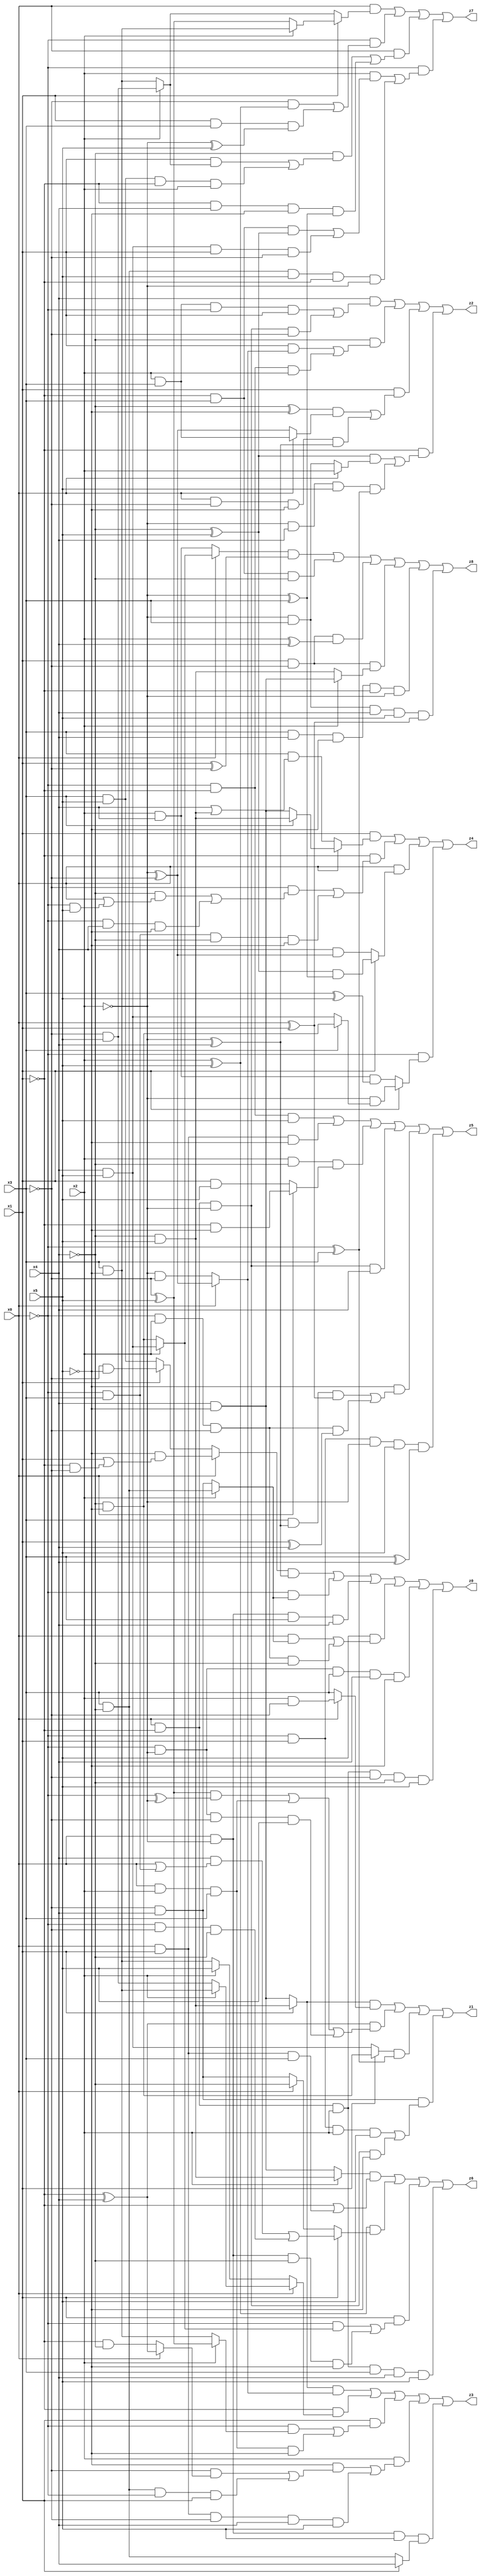
// Benchmark "X_5" written by ABC on Mon Jun 05 22:59:18 2023

module X_5 ( 
    x0, x1, x2, x3, x4, x5,
    z0, z1, z2, z3, z4, z5, z6, z7, z8  );
  input  x0, x1, x2, x3, x4, x5;
  output z0, z1, z2, z3, z4, z5, z6, z7, z8;
  assign z0 = ((x0 ? (~x5 & (x1 | (~x1 & ~x3))) : (x1 ? (~x3 & ~x5) : (x3 & x5))) & (~x2 ^ x4)) | (~x0 & (x2 ? (x3 & ~x4) : (~x3 & x4))) | (x0 & ~x2 & x3 & x4) | (x5 & ((x0 & (x2 ? (x3 & ~x4) : (~x3 & x4))) | (~x0 & x2 & ~x3 & ~x4))) | (~x0 & ~x2 & x3 & x4 & ~x5) | (x0 & ~x1 & x2 & ~x3 & ~x4 & x5);
  assign z1 = ((x1 ? (~x4 & x5) : (x4 & ~x5)) & (x0 ? (x2 & ~x3) : x3)) | ((~x1 ^ x4) & (((~x3 ^ x5) & (~x0 ^ ~x2)) | (x0 & x2 & x3) | (~x0 & ~x2 & ~x3 & x5))) | ((x1 ? (~x4 & ~x5) : (x4 & x5)) & (~x0 ^ x3)) | (~x3 & x4 & ((~x0 & x1 & x2 & x5) | (x0 & ~x1 & ~x2 & ~x5)));
  assign z2 = (x4 & ((x2 & x3 & ~x0 & x1) | (x0 & ~x1 & ~x2 & ~x3))) | (~x4 & ((x1 & (x0 ? (~x2 ^ ~x3) : (~x2 & ~x3))) | (~x0 & ~x1 & x2))) | (x1 & (((~x4 ^ ~x5) & (x0 ? (x2 & x3) : (~x2 ^ ~x3))) | (x0 & ~x3 & ~x5 & (~x2 ^ x4)))) | (~x1 & (((~x4 ^ x5) & (x0 ? x2 : (~x2 & x3))) | (~x2 & x4 & x5 & (~x0 ^ x3))));
  assign z3 = ((x1 ? (~x4 & x5) : (x4 & ~x5)) & (x0 ? (~x2 ^ ~x3) : (~x2 & ~x3))) | (~x1 & (x0 ? (x2 ? (x3 & ~x5) : (~x3 & x5)) : (x2 ? x5 : (x3 & ~x5)))) | (x1 & ((~x0 & (x2 ? (~x3 ^ x5) : (x3 & ~x5))) | (x0 & x2 & x3 & ~x5))) | (x2 & ((~x5 & ((~x3 & (x0 ? (~x1 ^ x4) : (~x1 & ~x4))) | (x3 & ~x4 & ~x0 & x1))) | (x0 & x1 & ~x3 & x4 & x5))) | (x0 & ~x2 & x5 & (x1 ? x4 : (x3 & ~x4)));
  assign z4 = (x1 & (x0 ? (x3 ? (~x4 & x5) : (x4 & ~x5)) : (x3 & (x4 | (~x4 & x5))))) | (~x1 & ((~x3 & ((~x4 & (x0 | (~x0 & x5))) | (~x0 & x4 & ~x5))) | (~x0 & x3 & ~x4 & ~x5))) | (x0 & (x1 ? ((~x4 ^ x5) & (~x2 ^ x3)) : (x4 & (~x2 ^ ~x3)))) | (~x0 & (x1 ? (~x2 & (x3 ? (~x4 & ~x5) : (x4 & x5))) : (x2 & x4 & (x3 ^ x5))));
  assign z5 = (~x0 & ~x1 & x5) | (x0 & x1 & ~x5) | (x2 & ~x4 & (x0 ? (~x1 & ~x5) : (x1 & x5))) | (x0 & ~x1 & ~x2 & x4) | (~x5 & ((x3 & (~x2 ^ x4) & (x0 ^ x1)) | (~x0 & x2 & ~x3 & (x1 ^ x4)))) | (~x0 & x1 & ~x2 & x5 & (x3 ^ x4));
  assign z6 = ((x2 ? (~x4 & x5) : (x4 & ~x5)) & (~x1 | (x0 & x1 & x3))) | ((x2 ^ x5) & (x1 ? ((x4 & (x0 | (~x0 & x3))) | (~x0 & ~x3 & ~x4)) : (x0 ? ~x4 : (~x3 & x4)))) | (x1 & ((~x0 & (x2 ? (x4 & x5) : (~x4 & ~x5))) | (x0 & ~x2 & ~x4 & ~x5))) | (x0 & ~x1 & x2 & x3 & x4 & x5);
  assign z7 = (x0 & (x1 ? (x2 ? (x3 & ~x5) : (~x3 ^ x5)) : (x2 ? (~x3 & x5) : (x3 & ~x5)))) | (~x0 & ((~x3 & (x2 ^ x5)) | (x1 & x3 & (~x2 ^ x5)))) | (x0 & ((~x4 & ((x1 & (x2 ? (~x3 & x5) : (x3 & ~x5))) | (x3 & x5 & ~x1 & x2))) | (~x1 & x4 & ~x5 & (~x2 ^ x3)))) | (~x0 & ((x2 & ((~x1 & x3 & (~x4 ^ x5)) | (x4 & x5 & x1 & ~x3))) | (x3 & ~x4 & x5 & ~x1 & ~x2)));
  assign z8 = ((x0 ? (x2 ? (x4 & x5) : (~x4 & ~x5)) : (x2 & x4)) & (x1 ^ ~x3)) | (~x1 & x3 & ~x4) | (x1 & ~x3 & (x2 ^ x4)) | (x1 & ~x3 & (x2 ? (x4 & ~x5) : (~x4 & x5))) | (x3 & x4 & ~x5 & ~x1 & ~x2) | (~x2 & x3 & x4 & x5 & (x0 ^ x1));
endmodule